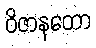
ဝိဇာနတော